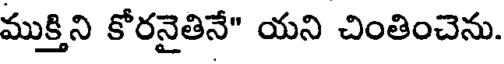
ముక్తిని కోరనైతినే" యని చింతించెను.